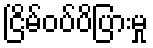
ငြိမ်ဝပ်ပိပြားမှု